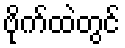
ဗိုက်ထဲတွင်